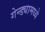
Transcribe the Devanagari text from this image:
गेन्ड्यामध्ये